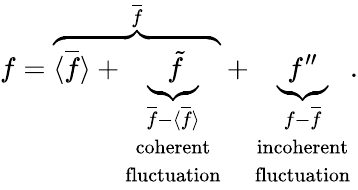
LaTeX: f=\overbrace{\langle{\overline{{f}}}\rangle+\underbrace{\tilde{f}}_{\begin{array}{c}{\overline{{f}}-\langle{\overline{{f}}}\rangle}\\ {\mathrm{coherent}}\\ {\mathrm{fluctuation}}\end{array}}}^{\overline{{f}}}+\underbrace{f^{\prime\prime}}_{\begin{array}{c}{f-\overline{{f}}}\\ {\mathrm{incoherent}}\\ {\mathrm{fluctuation}}\end{array}}.